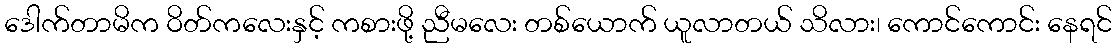
ဒေါက်တာမိက ဝိတ်ကလေးနှင့် ကစားဖို့ ညီမလေး တစ်ယောက် ယူလာတယ် သိလား၊ ကောင်ကောင်း နေရင်